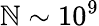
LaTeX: \mathbb{N}\sim10^{9}